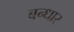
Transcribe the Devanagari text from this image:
बन्धार